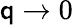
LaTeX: \mathsf{q}\to0